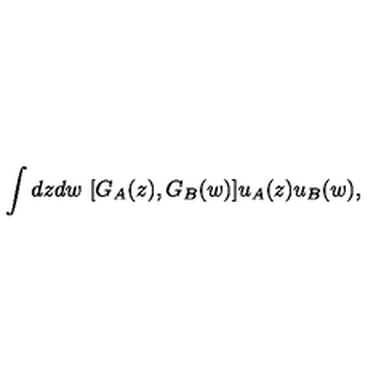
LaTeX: \int d z d w \ [ G _ { A } ( z ) , G _ { B } ( w ) ] u _ { A } ( z ) u _ { B } ( w ) ,